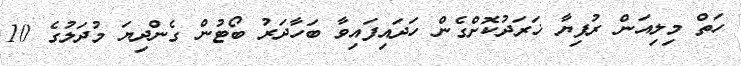
ހަތް މިލިއަން ރުފިޔާ ޚަރަދުކޮށްގެން ހަދައިފައިވާ ބަހާދަރު ބޯޓުން ގެންދިޔަ މުދަލުގެ 10